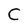
Character: C